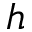
h